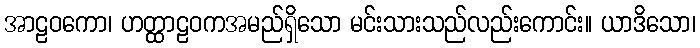
အာဠဝကော၊ ဟတ္ထာဠဝကအမည်ရှိသော မင်းသားသည်လည်းကောင်း။ ယာဒိသော၊